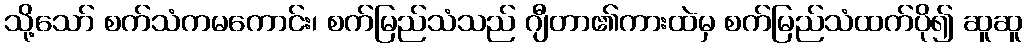
သို့သော် စက်သံကမကောင်း၊ စက်မြည်သံသည် ဂျီတာ၏ကားထဲမှ စက်မြည်သံထက်ပို၍ ဆူဆူ